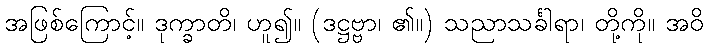
အဖြစ်ကြောင့်။ ဒုက္ခာတိ၊ ဟူ၍။ (ဒဋ္ဌဗ္ဗာ၊ ၏။) သညာသင်္ခါရာ၊ တို့ကို။ အဝိ